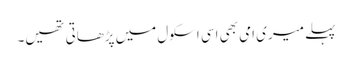
پہلے میری امی بھی اسی اسکول میں پڑھاتی تھیں۔